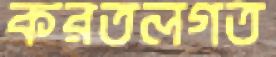
করতলগত